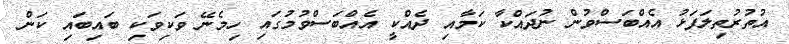
އުތުރުތިލަފަޅު އެއްބަސްވުން ނުދައްކާ ކަމާއި ދެއްކީ އެއްބަސްވުމުގައި ހިމެނޭ ވަކިވަކި ބައިބައި ކަން